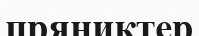
пряниктер